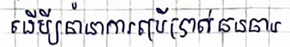
ដើម្បីធានាការប្រើប្រាស់ធនធាន